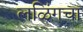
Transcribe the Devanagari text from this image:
लळिंगचा